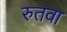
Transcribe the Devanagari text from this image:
रुतवा